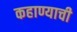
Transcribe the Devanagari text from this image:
कहाण्याची